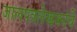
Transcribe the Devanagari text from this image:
जालपत्रलेखकांचे